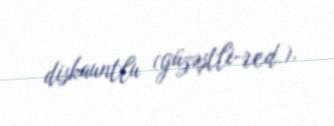
diskauntlu (güzəştli-red.).